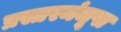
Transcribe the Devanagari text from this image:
प्रस्तरमंजूषा